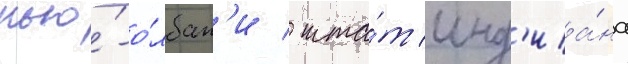
нью́-о́лбан'и / шта́т инд'иа́на